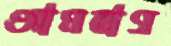
আমবাগ